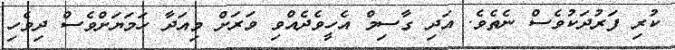
ކުރި ފަރުދަކުވެސް ނެތެވެ. އަދި ގާސިމް އެހީވެދެއްވި ވަރަށް މިއަދާ ހަމަޔަށްވެސް ދިވެހި